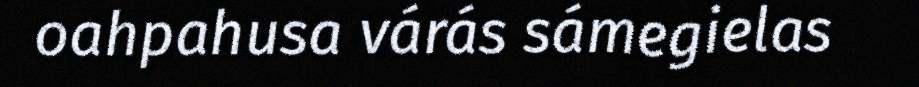
oahpahusa várás sámegielas